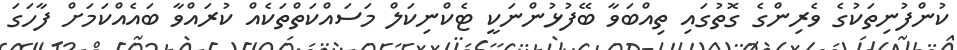
ކުންފުނިތަކުގެ ވެރިންގެ ގޮތުގައި ތިއްބަވާ ބޭފުޅުންނަކީ ޓެކްނިކަލް މަސައްކަތްތަކެއް ކުރައްވާ ބައެއްކަމަށް ފާހަގަ